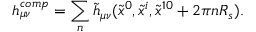
h _ { \mu \nu } ^ { c o m p } = \sum _ { n } \tilde { h } _ { \mu \nu } ( \tilde { x } ^ { 0 } , \tilde { x } ^ { i } , \tilde { x } ^ { 1 0 } + 2 \pi n R _ { s } ) .